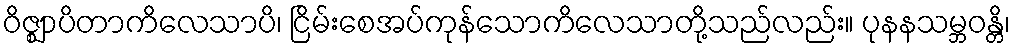
ဝိဇ္ဈာပိတာကိလေသာပိ၊ ငြိမ်းစေအပ်ကုန်သောကိလေသာတို့သည်လည်း။ ပုနနသမ္ဘဝန္တိ၊